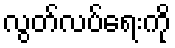
လွတ်လပ်ရေးကို